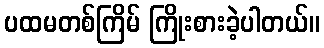
ပထမတစ်ကြိမ် ကြိုးစားခဲ့ပါတယ်။